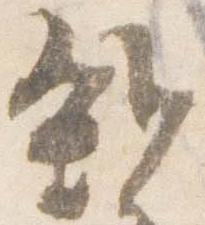
雑